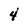
Character: 4